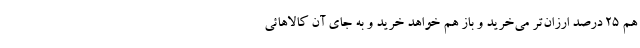
هم 25 درصد ارزان‌تر می‌خرید و باز هم خواهد خرید و به جای آن کالاهائی